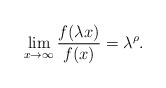
\begin{align*}\lim_{x\to\infty}\frac{f(\lambda x)}{f(x)}=\lambda^\rho.\end{align*}